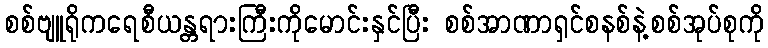
စစ်ဗျူရိုကရေစီယန္တရားကြီးကိုမောင်းနှင်ပြီး စစ်အာဏာရှင်စနစ်နဲ့စစ်အုပ်စုကို